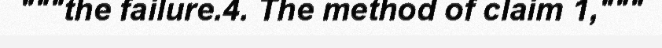
"""the failure.4. The method of claim 1,"""